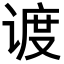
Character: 𬤏